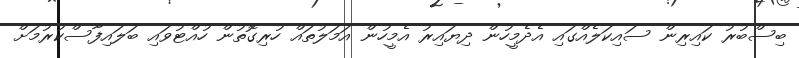
ބިސްބުރު ކައިރިން ސައިކަލެއްގައި އެދެމީހުން ދިޔައިރު އެމީހުން އަމަލުތައް ހުރިގޮތުން ހުއްޓުވައި ބަލައިފާސްކުރުމަށް